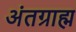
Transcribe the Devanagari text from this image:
अंतग्राह्म